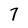
Character: 7